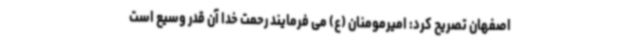
اصفهان تصریح کرد: امیرمومنان (ع) می فرمایند رحمت خدا آن قدر وسیع است